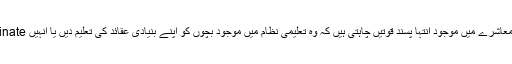
معروف سیکولر صحافی غازی صلاح الدین نے پروگرام میں فرمایا کہ معاشرے میں موجود انتہا پسند قوتیں چاہتی ہیں کہ وہ تعلیمی نظام میں موجود بچوں کو اپنے بنیادی عقائد کی تعلیم دیں یا انہیں Indoctrinate کریں اور انہیں بتائیں کہ ہم کون ہیں اورہماری تاریخ کیا ہے۔